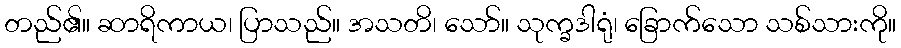
တည်၏။ ဆာရိကာယ၊ ပြာသည်။ အသတိ၊ သော်။ သုက္ခဒါရုံ၊ ခြောက်သော သစ်သားကို။